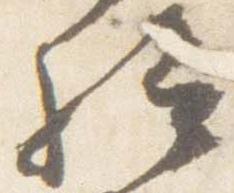
給